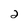
Character: 2